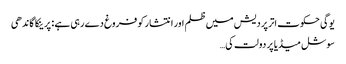
یوگی حکوت اتر پردیش میں ظلم اور انتشار کو فروغ دے رہی ہے : پرینکا گاندھی
سوشل میڈیا پر دولت کی…